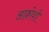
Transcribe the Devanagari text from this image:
आक्रोशी